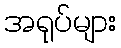
အရုပ်များ